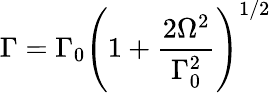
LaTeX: \Gamma=\Gamma_{0}\left(1+\frac{2\Omega^{2}}{\Gamma_{0}^{2}}\right)^{1/2}